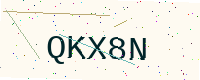
Text: QKX8N